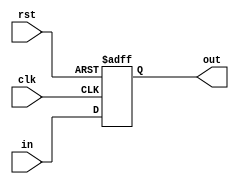
module D_FlipFlop10(clk,rst,in,out);
input clk,rst;
input[9:0]in;
output reg [9:0]out;

always @(posedge clk or negedge rst)
if(!rst)
	out<=0;
else
	out<=in;
	
	
endmodule